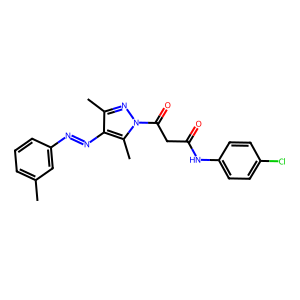
SMILES: Cc1cccc(N=Nc2c(C)nn(C(=O)CC(=O)Nc3ccc(Cl)cc3)c2C)c1
Inhibits HIV replication: No